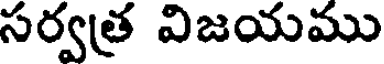
సర్వత్ర విజయము